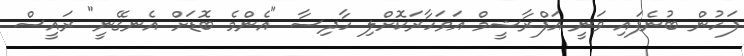
ފަހުން ބުނެފައި ވަނީ އަފްރާޝީމް އަވަހާރަކޮށްލި ހާދިސާ "އެންމެ ބޮޑަށް އެނގޭނީ" ރައީސް